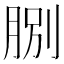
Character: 𦛺